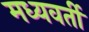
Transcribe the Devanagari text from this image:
मध्‍यवर्ती